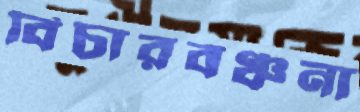
বিচারবঞ্চনা